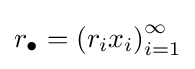
r_{\bullet }=\left(r_{i}x_{i}\right)_{i=1}^{\infty }